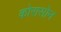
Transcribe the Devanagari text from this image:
कोरासोन